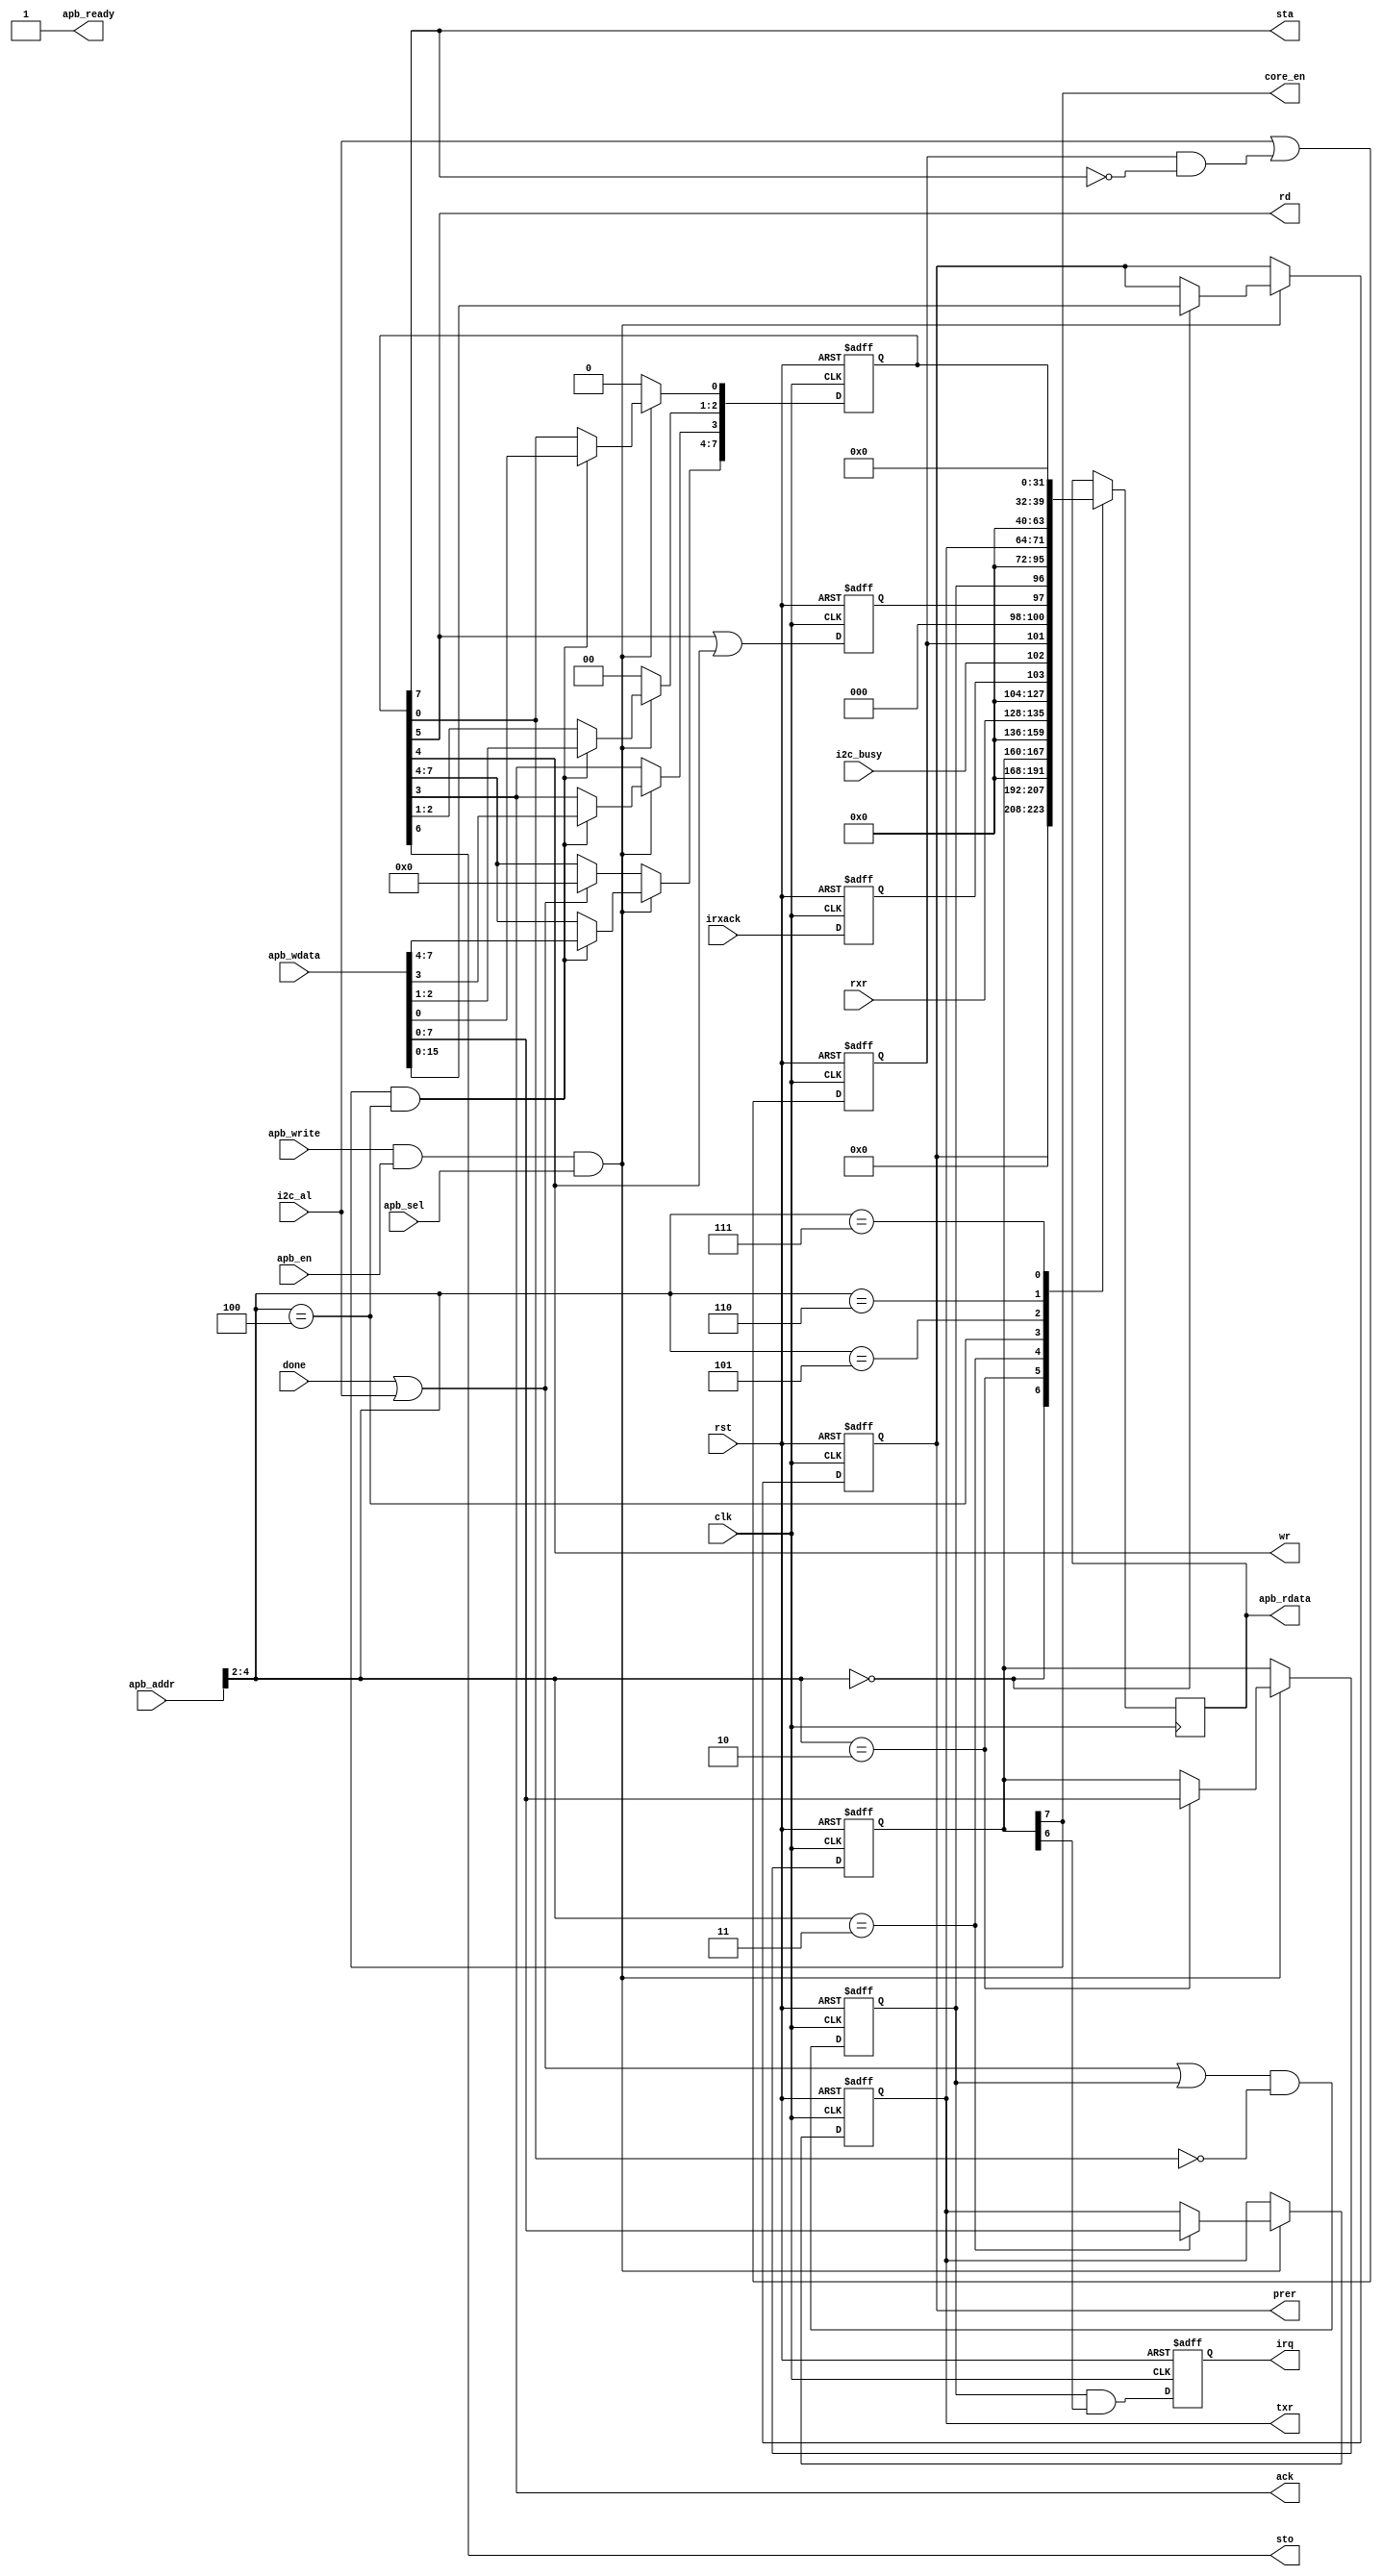
module i2c_master_reg(
    input               clk,
    input               rst,

    input               apb_sel,
    input               apb_en,
    input               apb_write,
    output reg          apb_ready = 1,
    input       [31:0]  apb_addr,
    input       [31:0]  apb_wdata,
    output reg  [31:0]  apb_rdata = 0,

    output reg          irq,
    input       [7:0]   rxr,
    output              core_en,
    output reg  [15:0]  prer,
    output              sta,
    output              sto,
    output              rd ,
    output              wr ,
    output              ack,
    output reg   [ 7:0] txr,

    input  wire         i2c_al, // i2c bus arbitration lost
    input  wire         irxack, 
    input               i2c_busy,
    input               done    // done signal: command completed, clear command register
);


//
// variable declarations
//

// registers
 // clock prescale register
reg  [ 7:0] ctr;  // control register
  // transmit register

reg  [ 7:0] cr;   // command register
wire [ 7:0] sr;   // status register



// core enable signal

wire ien;

// status register signals

reg  rxack;       // received aknowledge from slave
reg  tip;         // transfer in progress
reg  irq_flag;    // interrupt pending flag
reg  al;          // status register arbitration lost bit


// apb signals
wire write_en;
wire read_en;


wire iack ;


//
// module body
//

// generate internal reset
wire rst_i = rst;

assign write_en =  apb_write & apb_en & apb_sel;
assign read_en  = ~apb_write & apb_en & apb_sel;

always @(posedge clk)
begin
  case (apb_addr[4:2]) // synopsys parallel_case
    3'b000: apb_rdata <= #1 {16'b0, prer};
    3'b010: apb_rdata <= #1 {24'b0, ctr };
    3'b011: apb_rdata <= #1 {24'b0, rxr }; // write is transmit register (txr)
    3'b100: apb_rdata <= #1 {24'b0, sr  };  // write is command register (cr)
    3'b101: apb_rdata <= #1 {24'b0, txr };
    3'b110: apb_rdata <= #1 {24'b0, cr  };
    3'b111: apb_rdata <= #1 0;   // reserved
  endcase
end


always @(posedge clk or posedge rst_i)
  if (rst_i)
    begin
        prer <= #1 16'hffff;
        ctr  <= #1  8'h0;
        txr  <= #1  8'h0;
    end
  else
    if (write_en)
      case (apb_addr[4:2]) // synopsys parallel_case
         3'b000 : prer  <= #1 apb_wdata;
         3'b010 : ctr   <= #1 apb_wdata;
         3'b011 : txr   <= #1 apb_wdata;
         default: ;
      endcase

// status register block + interrupt request signal
always @(posedge clk or posedge rst_i)
  if (rst_i)
    begin
        al       <= #1 1'b0;
        rxack    <= #1 1'b0;
        tip      <= #1 1'b0;
        irq_flag <= #1 1'b0;
    end
  else
    begin
        al       <= #1 i2c_al | (al & ~sta);
        rxack    <= #1 irxack;
        tip      <= #1 (rd | wr);
        irq_flag <= #1 (done | i2c_al | irq_flag) & ~iack; // interrupt request flag is always generated
    end

// generate interrupt request signals
always @(posedge clk or posedge rst_i)
  if (rst_i)
    irq <= #1 1'b0;
  else
    irq <= #1 irq_flag && ien; // interrupt signal is only generated when IEN (interrupt enable bit is set)

// assign status register bits
assign sr[7]   = rxack;
assign sr[6]   = i2c_busy;
assign sr[5]   = al;
assign sr[4:2] = 3'h0; // reserved
assign sr[1]   = tip;
assign sr[0]   = irq_flag;

// generate command register (special case)
always @(posedge clk or posedge rst_i)
    if (rst_i)
        cr <= #1 8'h0;
    else if (write_en) begin
        if (core_en & (apb_addr[4:2] == 3'b100) )
            cr <= #1 apb_wdata;
    end
    else begin
        if (done | i2c_al)
            cr[7:4] <= #1 4'h0;           // clear command bits when done
                                          // or when aribitration lost
        cr[2:1] <= #1 2'b0;             // reserved bits
        cr[0]   <= #1 1'b0;             // clear IRQ_ACK bit
    end


// decode command register
assign sta  = cr[7];
assign sto  = cr[6];
assign rd   = cr[5];
assign wr   = cr[4];
assign ack  = cr[3];
assign iack = cr[0];

// decode control register
assign core_en = ctr[7];
assign ien = ctr[6];

endmodule